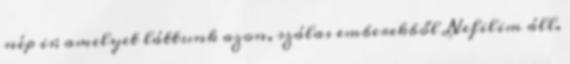
nép is; amelyet láttunk azon, szálas emberekből Nefilim áll.